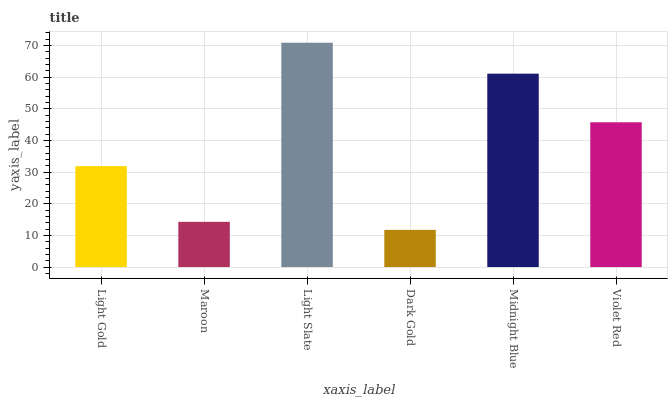
| xaxis_label | bars |
 | --- | --- |
 | Light Gold | 31.9 |
 | Maroon | 14.3 |
 | Light Slate | 70.9 |
 | Dark Gold | 11.7 |
 | Midnight Blue | 61.1 |
 | Violet Red | 45.7 |